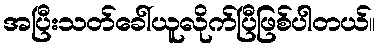
အပြီးသတ်ခေါ်ယူလိုက်ပြီဖြစ်ပါတယ်။